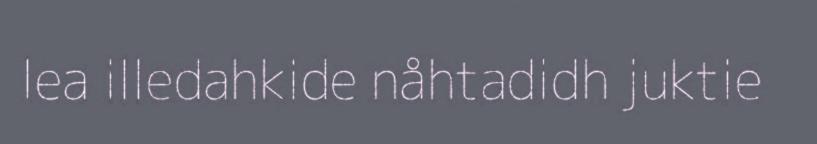
lea illedahkide nåhtadidh juktie